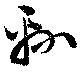
緜